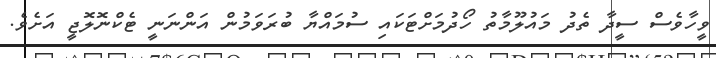
ވީހާވެސް ސީދާ ތެދު މައުލޫމާތު ހޯދުމަށްޓަކައި ސުމައްޔާ ބުރަވަމުން އަންނަނީ ޓެކްނޮލޮޖީ އަށެވެ.